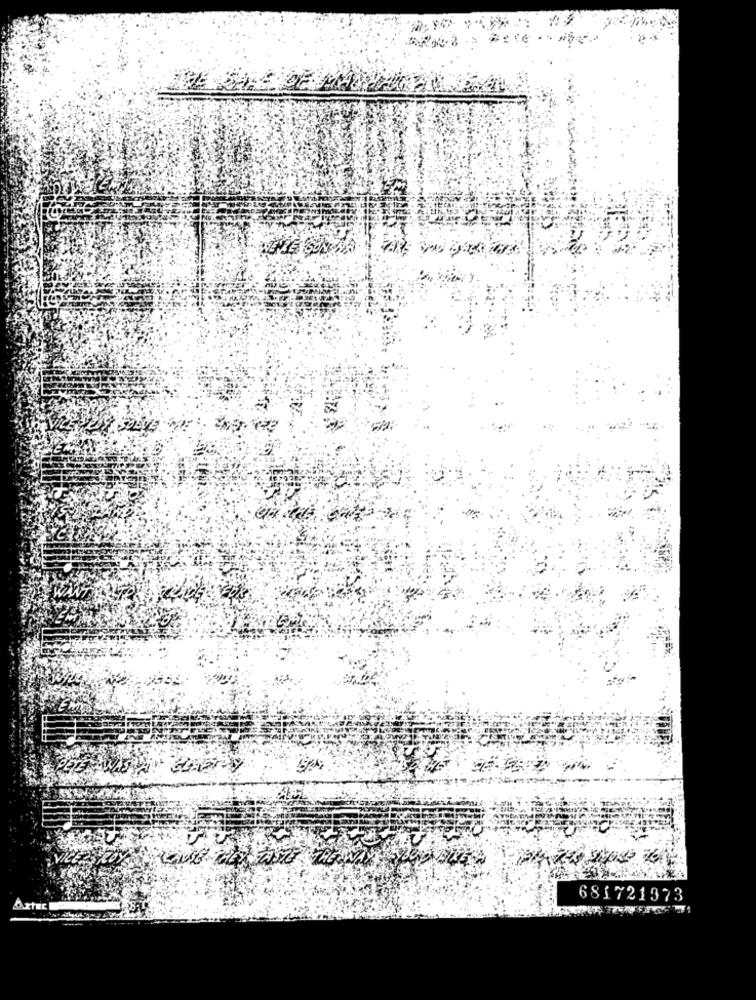
681721373